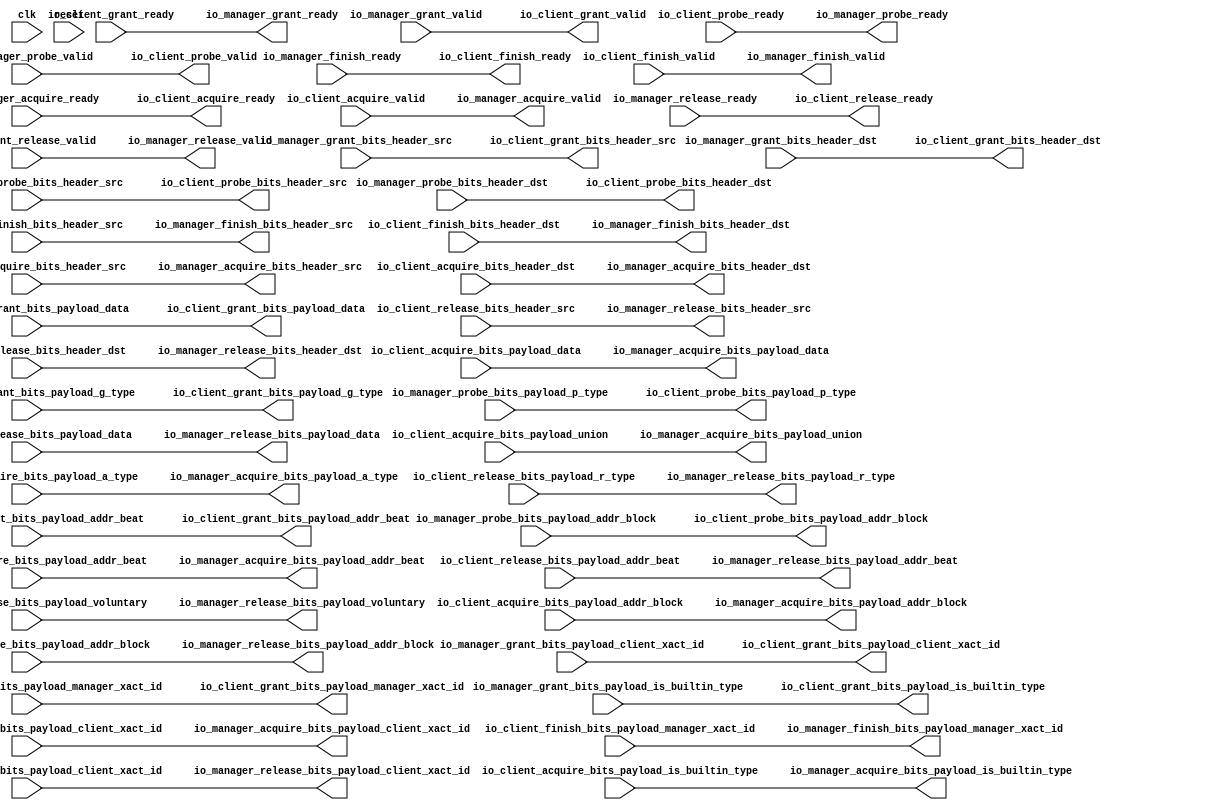
module TileLinkEnqueuer_2(
  input   clk,
  input   reset,
  output  io_client_acquire_ready,
  input   io_client_acquire_valid,
  input  [1:0] io_client_acquire_bits_header_src,
  input  [1:0] io_client_acquire_bits_header_dst,
  input  [25:0] io_client_acquire_bits_payload_addr_block,
  input   io_client_acquire_bits_payload_client_xact_id,
  input  [2:0] io_client_acquire_bits_payload_addr_beat,
  input   io_client_acquire_bits_payload_is_builtin_type,
  input  [2:0] io_client_acquire_bits_payload_a_type,
  input  [11:0] io_client_acquire_bits_payload_union,
  input  [63:0] io_client_acquire_bits_payload_data,
  input   io_client_grant_ready,
  output  io_client_grant_valid,
  output [1:0] io_client_grant_bits_header_src,
  output [1:0] io_client_grant_bits_header_dst,
  output [2:0] io_client_grant_bits_payload_addr_beat,
  output  io_client_grant_bits_payload_client_xact_id,
  output [1:0] io_client_grant_bits_payload_manager_xact_id,
  output  io_client_grant_bits_payload_is_builtin_type,
  output [3:0] io_client_grant_bits_payload_g_type,
  output [63:0] io_client_grant_bits_payload_data,
  output  io_client_finish_ready,
  input   io_client_finish_valid,
  input  [1:0] io_client_finish_bits_header_src,
  input  [1:0] io_client_finish_bits_header_dst,
  input  [1:0] io_client_finish_bits_payload_manager_xact_id,
  input   io_client_probe_ready,
  output  io_client_probe_valid,
  output [1:0] io_client_probe_bits_header_src,
  output [1:0] io_client_probe_bits_header_dst,
  output [25:0] io_client_probe_bits_payload_addr_block,
  output [1:0] io_client_probe_bits_payload_p_type,
  output  io_client_release_ready,
  input   io_client_release_valid,
  input  [1:0] io_client_release_bits_header_src,
  input  [1:0] io_client_release_bits_header_dst,
  input  [2:0] io_client_release_bits_payload_addr_beat,
  input  [25:0] io_client_release_bits_payload_addr_block,
  input   io_client_release_bits_payload_client_xact_id,
  input   io_client_release_bits_payload_voluntary,
  input  [2:0] io_client_release_bits_payload_r_type,
  input  [63:0] io_client_release_bits_payload_data,
  input   io_manager_acquire_ready,
  output  io_manager_acquire_valid,
  output [1:0] io_manager_acquire_bits_header_src,
  output [1:0] io_manager_acquire_bits_header_dst,
  output [25:0] io_manager_acquire_bits_payload_addr_block,
  output  io_manager_acquire_bits_payload_client_xact_id,
  output [2:0] io_manager_acquire_bits_payload_addr_beat,
  output  io_manager_acquire_bits_payload_is_builtin_type,
  output [2:0] io_manager_acquire_bits_payload_a_type,
  output [11:0] io_manager_acquire_bits_payload_union,
  output [63:0] io_manager_acquire_bits_payload_data,
  output  io_manager_grant_ready,
  input   io_manager_grant_valid,
  input  [1:0] io_manager_grant_bits_header_src,
  input  [1:0] io_manager_grant_bits_header_dst,
  input  [2:0] io_manager_grant_bits_payload_addr_beat,
  input   io_manager_grant_bits_payload_client_xact_id,
  input  [1:0] io_manager_grant_bits_payload_manager_xact_id,
  input   io_manager_grant_bits_payload_is_builtin_type,
  input  [3:0] io_manager_grant_bits_payload_g_type,
  input  [63:0] io_manager_grant_bits_payload_data,
  input   io_manager_finish_ready,
  output  io_manager_finish_valid,
  output [1:0] io_manager_finish_bits_header_src,
  output [1:0] io_manager_finish_bits_header_dst,
  output [1:0] io_manager_finish_bits_payload_manager_xact_id,
  output  io_manager_probe_ready,
  input   io_manager_probe_valid,
  input  [1:0] io_manager_probe_bits_header_src,
  input  [1:0] io_manager_probe_bits_header_dst,
  input  [25:0] io_manager_probe_bits_payload_addr_block,
  input  [1:0] io_manager_probe_bits_payload_p_type,
  input   io_manager_release_ready,
  output  io_manager_release_valid,
  output [1:0] io_manager_release_bits_header_src,
  output [1:0] io_manager_release_bits_header_dst,
  output [2:0] io_manager_release_bits_payload_addr_beat,
  output [25:0] io_manager_release_bits_payload_addr_block,
  output  io_manager_release_bits_payload_client_xact_id,
  output  io_manager_release_bits_payload_voluntary,
  output [2:0] io_manager_release_bits_payload_r_type,
  output [63:0] io_manager_release_bits_payload_data
);
  assign io_client_acquire_ready = io_manager_acquire_ready;
  assign io_client_grant_valid = io_manager_grant_valid;
  assign io_client_grant_bits_header_src = io_manager_grant_bits_header_src;
  assign io_client_grant_bits_header_dst = io_manager_grant_bits_header_dst;
  assign io_client_grant_bits_payload_addr_beat = io_manager_grant_bits_payload_addr_beat;
  assign io_client_grant_bits_payload_client_xact_id = io_manager_grant_bits_payload_client_xact_id;
  assign io_client_grant_bits_payload_manager_xact_id = io_manager_grant_bits_payload_manager_xact_id;
  assign io_client_grant_bits_payload_is_builtin_type = io_manager_grant_bits_payload_is_builtin_type;
  assign io_client_grant_bits_payload_g_type = io_manager_grant_bits_payload_g_type;
  assign io_client_grant_bits_payload_data = io_manager_grant_bits_payload_data;
  assign io_client_finish_ready = io_manager_finish_ready;
  assign io_client_probe_valid = io_manager_probe_valid;
  assign io_client_probe_bits_header_src = io_manager_probe_bits_header_src;
  assign io_client_probe_bits_header_dst = io_manager_probe_bits_header_dst;
  assign io_client_probe_bits_payload_addr_block = io_manager_probe_bits_payload_addr_block;
  assign io_client_probe_bits_payload_p_type = io_manager_probe_bits_payload_p_type;
  assign io_client_release_ready = io_manager_release_ready;
  assign io_manager_acquire_valid = io_client_acquire_valid;
  assign io_manager_acquire_bits_header_src = io_client_acquire_bits_header_src;
  assign io_manager_acquire_bits_header_dst = io_client_acquire_bits_header_dst;
  assign io_manager_acquire_bits_payload_addr_block = io_client_acquire_bits_payload_addr_block;
  assign io_manager_acquire_bits_payload_client_xact_id = io_client_acquire_bits_payload_client_xact_id;
  assign io_manager_acquire_bits_payload_addr_beat = io_client_acquire_bits_payload_addr_beat;
  assign io_manager_acquire_bits_payload_is_builtin_type = io_client_acquire_bits_payload_is_builtin_type;
  assign io_manager_acquire_bits_payload_a_type = io_client_acquire_bits_payload_a_type;
  assign io_manager_acquire_bits_payload_union = io_client_acquire_bits_payload_union;
  assign io_manager_acquire_bits_payload_data = io_client_acquire_bits_payload_data;
  assign io_manager_grant_ready = io_client_grant_ready;
  assign io_manager_finish_valid = io_client_finish_valid;
  assign io_manager_finish_bits_header_src = io_client_finish_bits_header_src;
  assign io_manager_finish_bits_header_dst = io_client_finish_bits_header_dst;
  assign io_manager_finish_bits_payload_manager_xact_id = io_client_finish_bits_payload_manager_xact_id;
  assign io_manager_probe_ready = io_client_probe_ready;
  assign io_manager_release_valid = io_client_release_valid;
  assign io_manager_release_bits_header_src = io_client_release_bits_header_src;
  assign io_manager_release_bits_header_dst = io_client_release_bits_header_dst;
  assign io_manager_release_bits_payload_addr_beat = io_client_release_bits_payload_addr_beat;
  assign io_manager_release_bits_payload_addr_block = io_client_release_bits_payload_addr_block;
  assign io_manager_release_bits_payload_client_xact_id = io_client_release_bits_payload_client_xact_id;
  assign io_manager_release_bits_payload_voluntary = io_client_release_bits_payload_voluntary;
  assign io_manager_release_bits_payload_r_type = io_client_release_bits_payload_r_type;
  assign io_manager_release_bits_payload_data = io_client_release_bits_payload_data;
endmodule